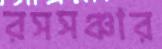
রসসঞ্চার